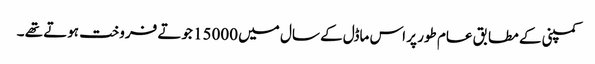
کمپنی کے مطابق عام طور پر اس ماڈل کے سال میں 15000 جوتے فروخت ہوتے تھے ۔